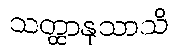
သတ္ထာနုသာသိ